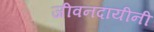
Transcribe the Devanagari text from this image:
जीवनदायीनी